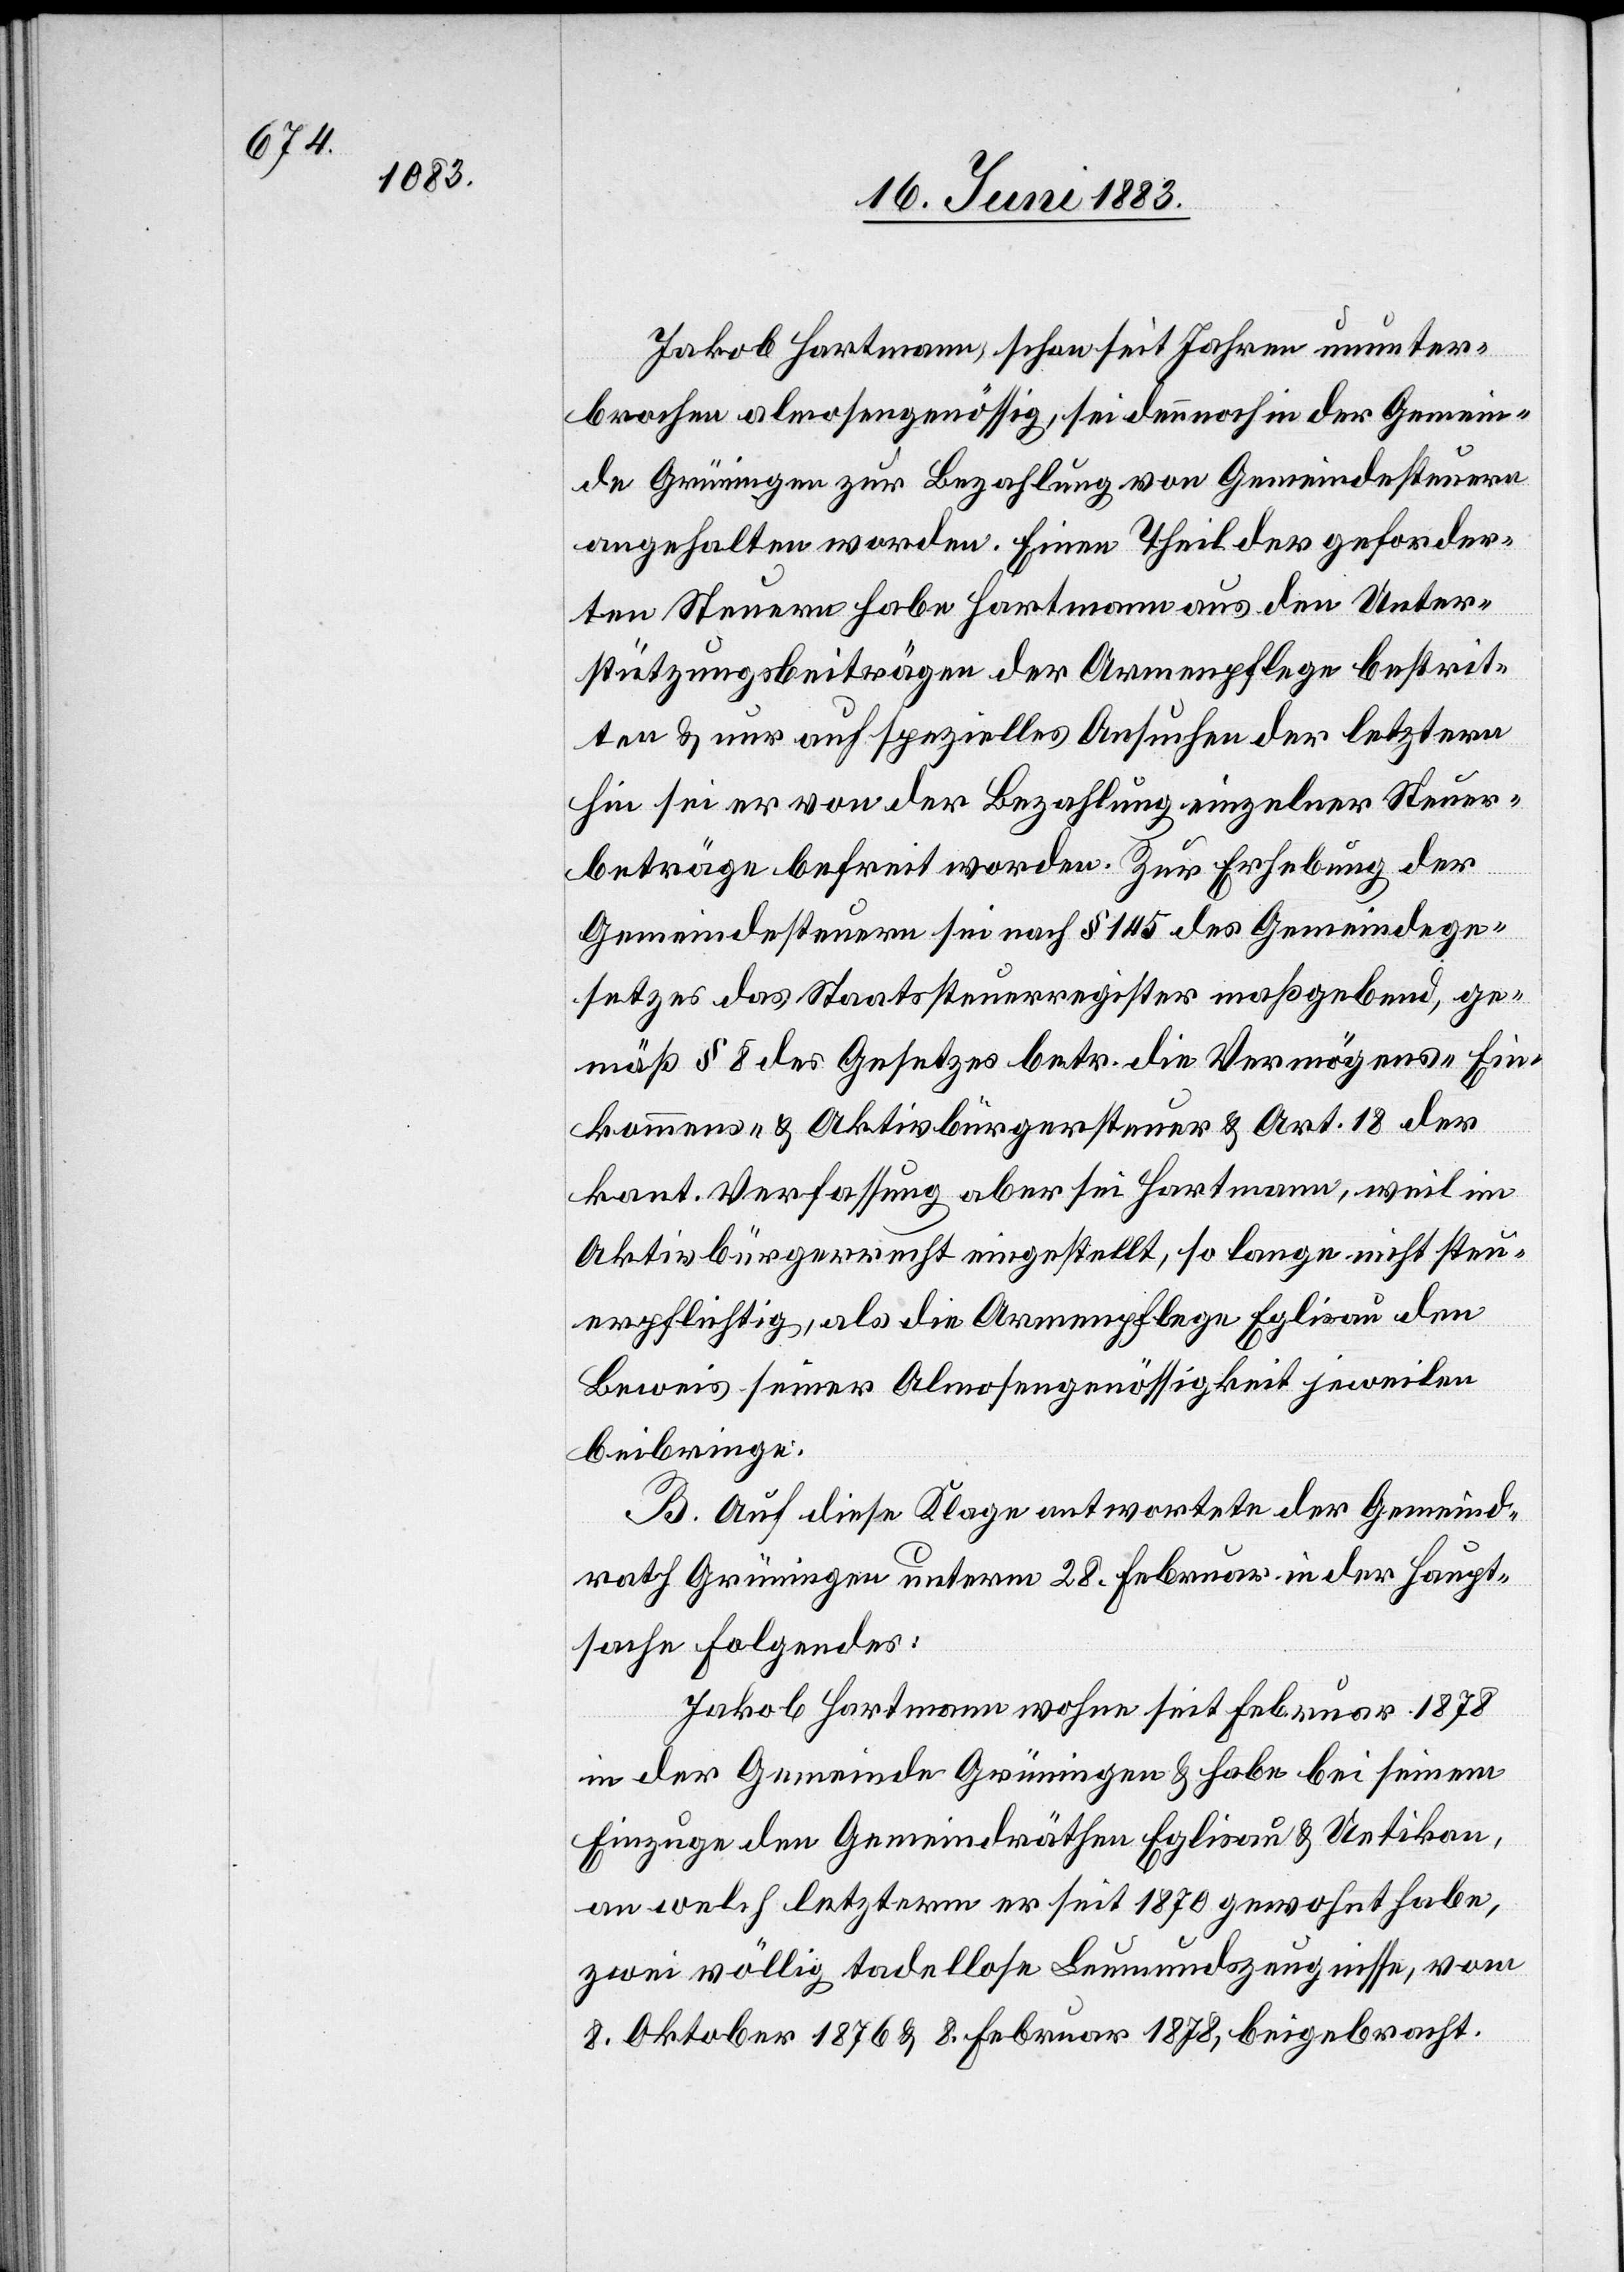
Jakob Hartmann, schon seit Jahren ununter¬
brochen almosengenössig, sei dennoch in der Gemein¬
de Grüningen zur Bezahlung von Gemeindesteuern
angehalten worden. Einen Theil der geforder¬
ten Steuern habe Hartmann aus den Unter¬
stützungsbeiträgen der Armenpflege bestrit¬
ten & nur auf spezielles Ansuchen der letztern
hin sei er von der Bezahlung einzelner Steuer¬
beträge befreit worden. Zur Erhebung der
Gemeindesteuern sei nach § 145 des Gemeindege¬
setzes das Staatssteuerregister maßgebend, ge¬
mäß § 8 des Gesetzes betr. die Vermögens-[,] Ein¬
kommens- & Aktivbürgersteuer & Art. 18 der
kant. Verfassung aber sei Hartmann, weil im
Aktivbürgerrecht eingestellt, so lange nicht steu¬
erpflichtig, als die Armenpflege Eglisau den
Beweis seiner Almosengenössigkeit jeweilen
beibringe.
B. Auf diese Klage antwortete der Gemeind¬
rath Grüningen unterm 28. Februar in der Haupt¬
sache folgendes:
Jakob Hartmann wohne seit Februar 1878
in der Gemeinde Grüningen & habe bei seinem
Einzuge den Gemeindräthen Eglisau & Uetikon,
an welch letzterm er seit 1870 gewohnt habe,
zwei völlig tadellose Leumundszeugnisse, vom
8. Oktober 1876 & 8. Februar 1878, beigebracht.